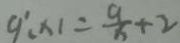
9 ^ { \prime } ( x ) = \frac { 9 } { x } + 2